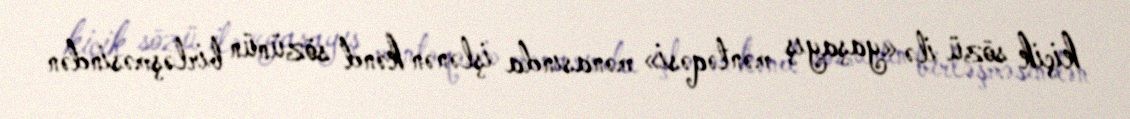
kiçik sözü ilə «yaşayış məntəqəsi» mənasında işlənən kənd sözünün birləşməsindən